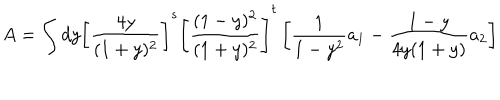
A = \int d y \left[ \frac { 4 y } { ( 1 + y ) ^ { 2 } } \right] ^ { s } \left[ \frac { ( 1 - y ) ^ { 2 } } { ( 1 + y ) ^ { 2 } } \right] ^ { t } \left[ \frac { 1 } { 1 - y ^ { 2 } } a _ { 1 } - \frac { 1 - y } { 4 y ( 1 + y ) } a _ { 2 } \right]